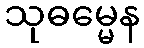
သုဓမ္မေန